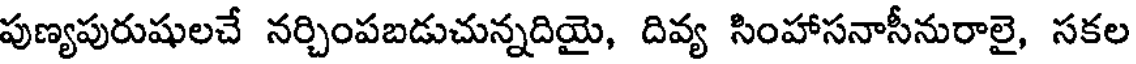
పుణ్యపురుషులచే నర్చింపబడుచున్నదియై, దివ్య సింహాసనాసీనురాలై, సకల